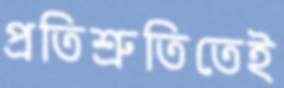
প্রতিশ্রুতিতেই